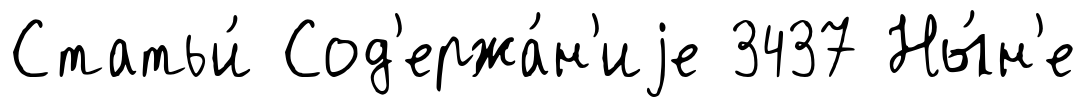
Статьи́ Сод'ержа́н'иjе 3437 Ны́н'е